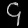
Digit: ၄